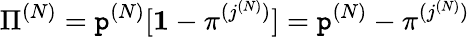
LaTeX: {\Pi}^{(N)}=\mathtt{p}^{(N)}[{\mathbf{1}}-{\pi}^{(j^{(N)})}]=\mathtt{p}^{(N)}-{\pi}^{(j^{(N)})}